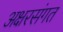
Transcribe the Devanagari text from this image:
अक्षरसंगत